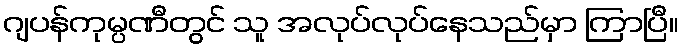
ဂျပန်ကုမ္ပဏီတွင် သူ အလုပ်လုပ်နေသည်မှာ ကြာပြီ။